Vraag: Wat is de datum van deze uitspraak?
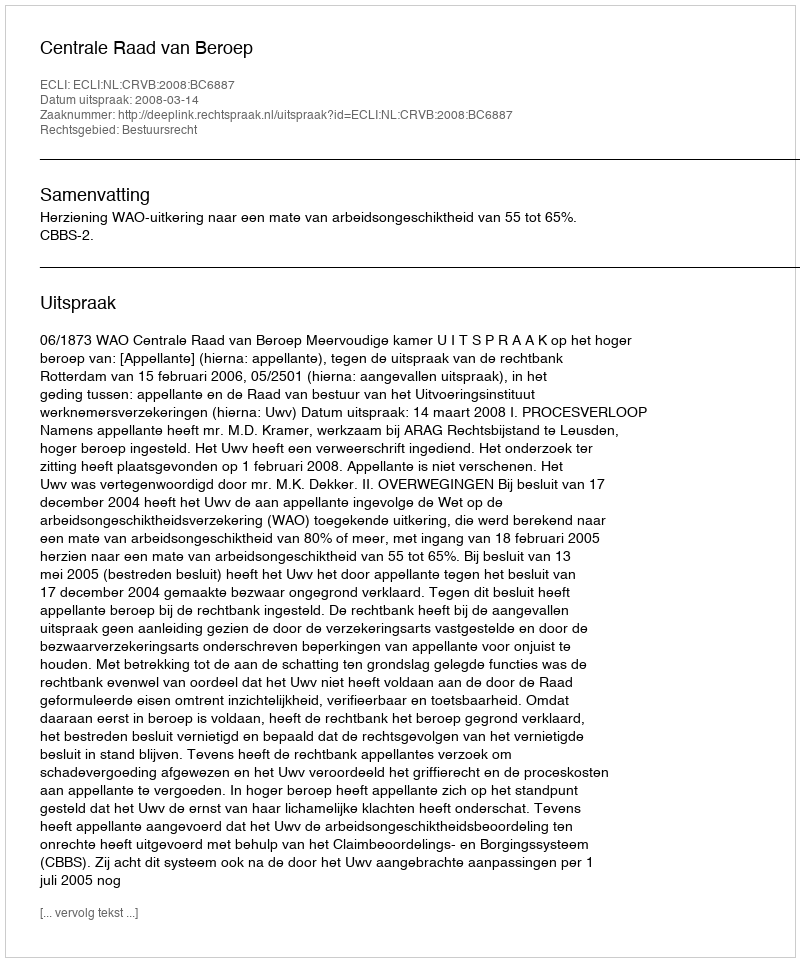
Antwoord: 2008-03-14